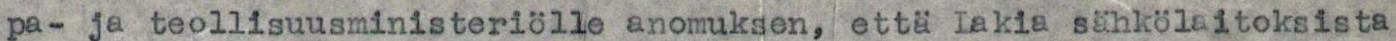
pa- ja teollisuusministeriölle anomuksen, että lakia sähkölaitoksista